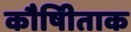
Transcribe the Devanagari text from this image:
कौषीिताक